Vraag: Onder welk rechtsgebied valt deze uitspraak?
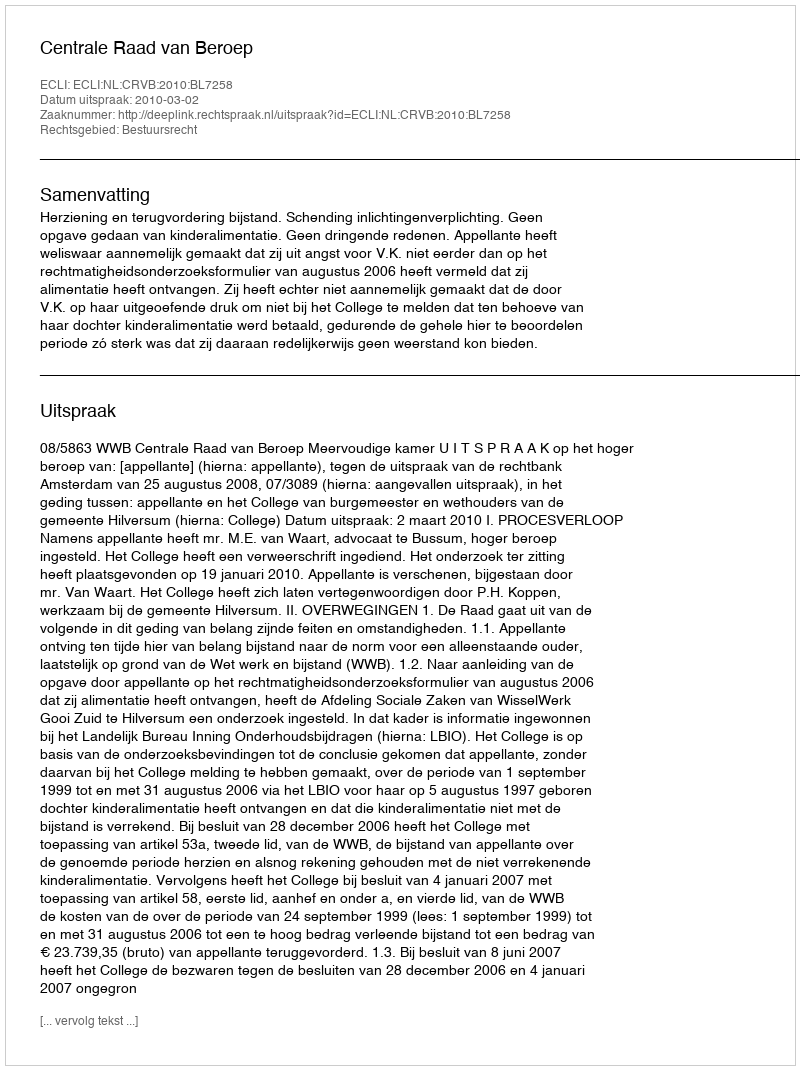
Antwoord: Bestuursrecht